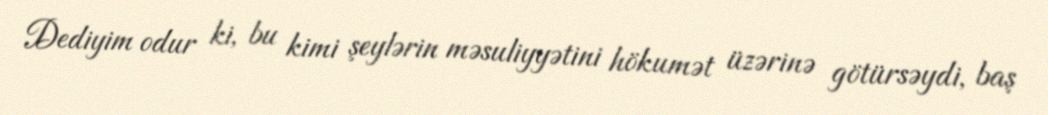
Dediyim odur ki, bu kimi şeylərin məsuliyyətini hökumət üzərinə götürsəydi, baş